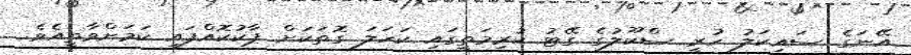
އޭނަގެ ސައިކަލު ހުރީ ސްކޫލުގެ ގޭޓު ކުރިމަތީގައި ކަހަލަ ގޮތަކަށް ޕާކުކޮއްފައި ކަމަށްވާތީއެވެ.